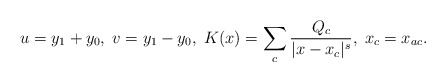
\begin{align*}u=y_1+y_0,\; v=y_1-y_0,\; K(x)=\sum_c\frac{Q_c}{|x-x_c|^s},\; x_c=x_{ac}.\end{align*}